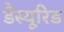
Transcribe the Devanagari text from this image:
डैस्यूरिड